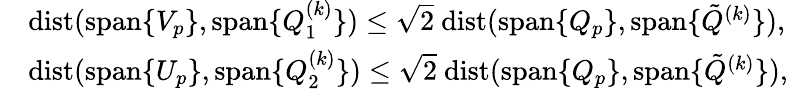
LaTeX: \begin{array}{rl}&{{\mathrm{dist}}({\mathrm{span}}\{ V_{p}\} ,{\mathrm{span}}\{ Q_{1}^{(k)}\} )\leq\sqrt{2}\ {\mathrm{dist}}({\mathrm{span}}\{ Q_{p}\} ,{\mathrm{span}}\{ \tilde{Q}^{(k)}\} ),}\\ &{{\mathrm{dist}}({\mathrm{span}}\{ U_{p}\} ,{\mathrm{span}}\{ Q_{2}^{(k)}\} )\leq\sqrt{2}\ {\mathrm{dist}}({\mathrm{span}}\{ Q_{p}\} ,{\mathrm{span}}\{ \tilde{Q}^{(k)}\} ),}\end{array}